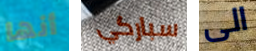
أنها سباركي الى